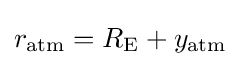
r_{\mathrm {atm} }=R_{\mathrm {E} }+y_{\mathrm {atm} }